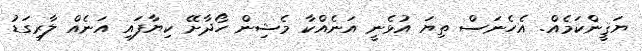
ޔަޤީންކަމެއް. އެހެނަސް ތިޔަ އުޅެނީ އަނެއްކާ މެޝިން ހޯދާށޭ ކިޔާފައި އަނެއް ލާރިގަޑު